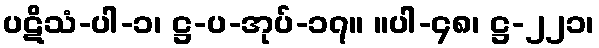
ပဋိသံ-ပါ-၁၊ ဋ္ဌ-ပ-အုပ်-၁၇။ ။ပါ-၄၈၊ ဋ္ဌ-၂၂၁၊